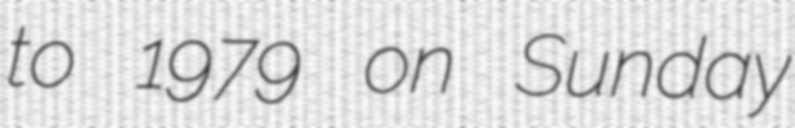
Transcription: to 1979 on Sunday